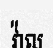
វ៉ាល